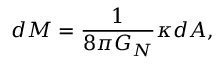
d M = { \frac { 1 } { 8 \pi G _ { N } } } \kappa d A ,